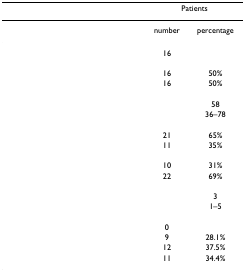
<table><thead><tr><td>[EMPTY_CELL]</td><td colspan="2"><b>Patients</b></td></tr></thead><tbody><tr><td>[EMPTY_CELL]</td><td>number</td><td>percentage</td></tr><tr><td>[EMPTY_CELL]</td><td>16</td><td>[EMPTY_CELL]</td></tr><tr><td>[EMPTY_CELL]</td><td>[EMPTY_CELL]</td><td>[EMPTY_CELL]</td></tr><tr><td>[EMPTY_CELL]</td><td>16</td><td>50%</td></tr><tr><td>[EMPTY_CELL]</td><td>16</td><td>50%</td></tr><tr><td>[EMPTY_CELL]</td><td>[EMPTY_CELL]</td><td>[EMPTY_CELL]</td></tr><tr><td>[EMPTY_CELL]</td><td>[EMPTY_CELL]</td><td>58</td></tr><tr><td>[EMPTY_CELL]</td><td>[EMPTY_CELL]</td><td>36–78</td></tr><tr><td>[EMPTY_CELL]</td><td>[EMPTY_CELL]</td><td>[EMPTY_CELL]</td></tr><tr><td>[EMPTY_CELL]</td><td>21</td><td>65%</td></tr><tr><td>[EMPTY_CELL]</td><td>11</td><td>35%</td></tr><tr><td>[EMPTY_CELL]</td><td>[EMPTY_CELL]</td><td>[EMPTY_CELL]</td></tr><tr><td>[EMPTY_CELL]</td><td>10</td><td>31%</td></tr><tr><td>[EMPTY_CELL]</td><td>22</td><td>69%</td></tr><tr><td>[EMPTY_CELL]</td><td>[EMPTY_CELL]</td><td>[EMPTY_CELL]</td></tr><tr><td>[EMPTY_CELL]</td><td>[EMPTY_CELL]</td><td>3</td></tr><tr><td>[EMPTY_CELL]</td><td>[EMPTY_CELL]</td><td>1–5</td></tr><tr><td>[EMPTY_CELL]</td><td>[EMPTY_CELL]</td><td>[EMPTY_CELL]</td></tr><tr><td>[EMPTY_CELL]</td><td>0</td><td>[EMPTY_CELL]</td></tr><tr><td>[EMPTY_CELL]</td><td>9</td><td>28.1%</td></tr><tr><td>[EMPTY_CELL]</td><td>12</td><td>37.5%</td></tr><tr><td>[EMPTY_CELL]</td><td>11</td><td>34.4%</td></tr></tbody></table>